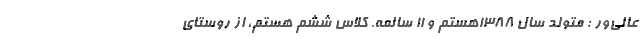
عالی‌ور : متولد سال ۱۳۸۸هستم و ۱۱ سالمه. کلاس ششم هستم، از روستای